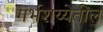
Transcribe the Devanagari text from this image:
गर्भशय्येतील